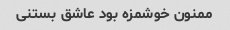
ممنون خوشمزه بود عاشق بستنی